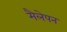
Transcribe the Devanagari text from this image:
मैलेपन